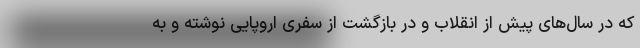
که در سال‌های پیش از انقلاب و در بازگشت از سفری اروپایی نوشته و به